Calcutta medical institutions reports 1871-78
Year: 1871
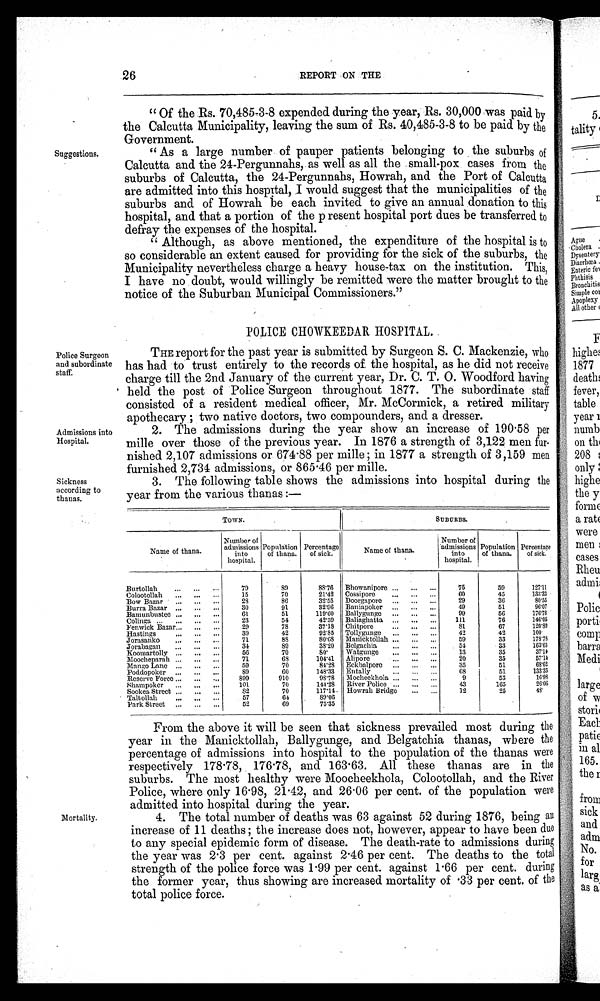
26
REPORT ON THE
Suggestions.
"Of the Rs. 70,485-3-8 expended during the year, Rs. 30,000 was paid by
the Calcutta Municipality, leaving the sum of Rs. 40,485-3-8 to be paid by the
Government.
"As a large number of pauper patients belonging to the suburbs of
Calcutta and the 24-Pergunnahs, as well as all the small-pox cases from the
suburbs of Calcutta, the 24-Pergunnahs, Howrah, and the Port of Calcutta
are admitted into this hospital, I would suggest that the municipalities of the
suburbs and of Howrah be each invited to give an annual donation to this
hospital, and that a portion of the present hospital port dues be transferred to
defray the expenses of the hospital.
"Although, as above mentioned, the expenditure of the hospital is to
so considerable an extent caused for providing for the sick of the suburbs, the
Municipality nevertheless charge a heavy house-tax on the institution. This,
I have no doubt, would willingly be remitted were the matter brought to the
notice of the Suburban Municipal Commissioners."
POLICE CHOWKEEDAR HOSPITAL.
Police Surgeon
and subordinate
staff.
Admissions into
Hospital.
Sickness
according to
thanas.
THE report for the past year is submitted by Surgeon S. C. Mackenzie, who
has had to trust entirely to the records of the hospital, as he did not receive
charge till the 2nd January of the current year, Dr. C. T. O. Woodford having
held the post of Police Surgeon throughout 1877. The subordinate staff
consisted of a resident medical officer, Mr. McCormick, a retired military
apothecary; two native doctors, two compounders, and a dresser.
2. The admissions during the year show an increase of 190.58 per
mille over those of the previous year. In 1876 a strength of 3,122 men fur-
nished 2,107 admissions or 674.88 per mille; in 1877 a strength of 3,159 men
furnished 2,734 admissions, or 865.46 per mille.
3. The following table shows the admissions into hospital during the
year from the various thanas
:—
Mortality.
TOWN.
S U B U R B S .
Name of thana.
Number of
admissions
into
hospital.
Population
of thana.
Percentage
of sick.
Name of t hana.
Number of
admissions
into
hospital.
Population
of thana.
Percentage
of sick.
Burtollah ...
... ...
79
8 0
8 8 . 7 6
Bhowanipore ... ... ...
75
59
127.11
Colootollah ...
... ...
15
70
21.42 Cossipore ...
. . .
...
6 0
45
133.33
Bow Bazar ...
... ...
28
8 6
32.55 Doorgapore ...
... ...
29
36
80.55
Burra. Bazar ... ... ...
30
91
32.96 Baniapoker ...
. . .
. . .
49
51
96.07
Bamunbustee ... ... ...
61
51
119.60 Ballygunge ...
. . .
...
99
56
176.78
Colinga ...
... ..,
23
54
42.59 Baliaghatta ...
. . .
...
111
76
146.05
Fenwick Bazar ... ... ...
29
78
37.18 Chitpore ...
. . .
. . .
81
67
120.89
Hastings ...
. . .
. . .
39
42
92.85 Tollygunge ...
... ...
42
42
100
Jorasanko ...
... ...
71
8 8
80.68 Manicktollah ...
. . .
...
59
33
163.78
Jorabagan ...
... ...
34
89
38.20 Belgachia ...
. . .
...
54
33
163.63
Koomartolly ...
... ...
56
70
8 0 .
Watgunge ...
... ...
13
35
37.14
Moocheparah ...
. . .
...
71
68
104.41 Alipore ...
. . .
...
20
35
57.14
Mango Lane ...
... ...
59
70
84.23 Eckbalpore ...
. . .
. . .
35
51
6 8 . 6 2
Poddopoker ...
... ...
8 9
6 0
148.33 Entally ... ... ...
6 8
51
133.33
Reserve Force ... ... ...
899
910
98.78 Mocheekhola ...
. . .
...
9
53
16.93
Shampoker ...
... ...
101
70
144.28 River Police ...
. . .
. . .
43
165
26.06
Sookea Street ... ...
. . .
82
70
117.14 Howrah Bridge
. . .
...
12
25
48
Taltollah ...
. . .
. . .
57
64
89.06
Park Street ...
... ...
52
69
75.35
From the above it will be seen that sickness prevailed most during the
year in the Manicktollah, Ballygunge, and Belgatchia thanas, where the
percentage of admissions into hospital to the population of the thanas were
respectively 178.78, 176.78, and 163.63. All these thanas are in the
suburbs. The most healthy were Moocheekhola, Colootollah, and the River
Police, where only 16.98, 21.42, and 26.06 per cent. of the population were
admitted into hospital during the year.
4. The total number of deaths was 63 against 52 during 1876, being an
i ncrease of 11 deat hs; t he i ncrease does not , however, appear t o have been due
to any special epidemic form of disease. The death-rate to admissions during
the year was 2.3 per cent. against 2.46 per cent. The deaths to the total
strength of the police force was 1.99 per cent. against 1.66 per cent. during
the former year, thus showing are increased mortality of 33 per cent. of the
total police force.